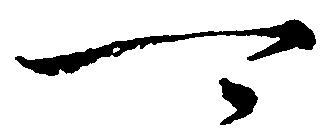
可